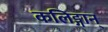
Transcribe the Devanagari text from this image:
कलिङ्गान्‌